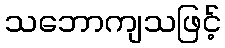
သဘောကျသဖြင့်